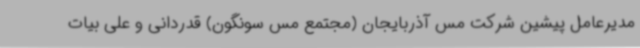
مدیرعامل پیشین شرکت مس آذربایجان (مجتمع مس سونگون) قدردانی و علی بیات